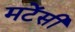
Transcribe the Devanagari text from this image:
मटेंसी